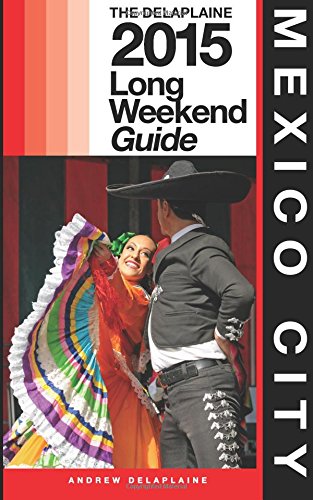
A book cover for Mexico City - The Delaplaine 2015 Long Weekend Guide (Long Weekend Guides ); Andrew Delaplaine; Travel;